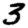
Digit: 3